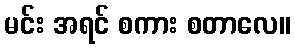
မင်း အရင် စကား စတာလေ။